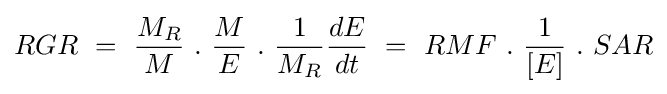
RGR\ =\ {\frac {M_{R}}{M}}\ .\ {\frac {M}{E}}\ .\ {\frac {1}{M_{R}}}{\frac {dE}{dt}}\ =\ RMF\ .\ {\frac {1}{[E]}}\ .\ SAR